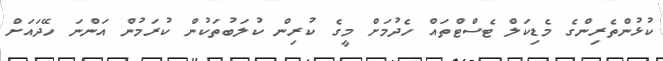
ކުޅުންތެރިންގެ މެޑިކަލް ޓެސްޓްތައް ހެދުމަށް މީގެ ކުރިން ކުލަބުތަކުން ކުރަމުން އަންނަ ހޭދައަށް